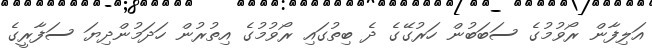
އަލިފާން ރޯވުމުގެ ސަބަބުން ހަރުގޭގެ ދެ ބިތުގައި ރޯވުމުގެ އިތުރުން ހަދަމުންދިޔަ ސަފާރީގެ